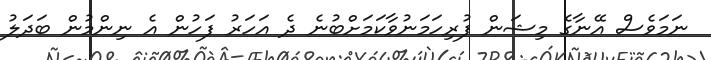
ނަމަވެސް އޭނާގެ މިޝަން ފުރިހަމަނުވާކަމަށްބުނެ ދެ އަހަރު ފަހުން އެ ނިންމުން ބަދަލު